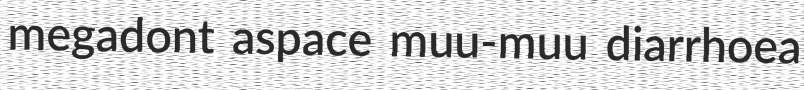
megadont aspace muu-muu diarrhoea